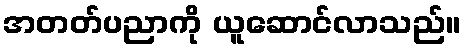
အတတ်ပညာကို ယူဆောင်လာသည်။